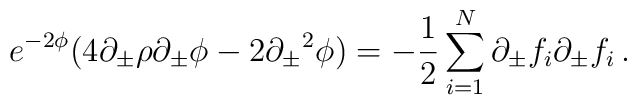
e^{-2 \phi} ( 4 \partial_{\pm} \rho \partial_{\pm} \phi - 2 {\partial_{\pm}}^2 \phi ) = -{1\over 2} \sum_{i=1}^N\partial_{\pm} f_i \partial_{\pm} f_i\,.